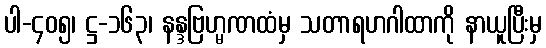
ပါ-၄၀၅၊ ဋ္ဌ-၁၆၃၊ နန္ဒဗြဟ္မဏထံမှ သတာရဟဂါထာကို နာယူပြီးမှ